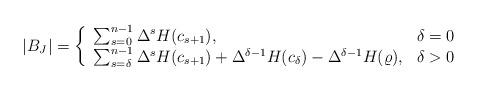
LaTeX: \begin{align*}\vert B_J \vert =\left\{\begin{array}{lr} \sum_{s=0}^{n-1} \Delta^{s} H(c_{s+1}), & \delta=0\\ \sum_{s=\delta}^{n-1} \Delta^{s} H(c_{s+1}) + \Delta^{\delta-1}H(c_\delta)-\Delta^{\delta-1}H(\varrho), & \delta>0\end{array}\right. \end{align*}